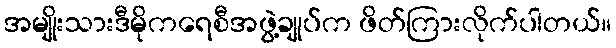
အမျိုးသားဒီမိုကရေစီအဖွဲ့ချုပ်က ဖိတ်ကြားလိုက်ပါတယ်။